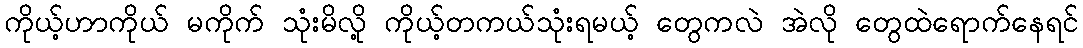
ကိုယ့်ဟာကိုယ် မကိုက် သုံးမိလို့ ကိုယ့်တကယ်သုံးရမယ့် တွေကလဲ အဲလို တွေထဲရောက်နေရင်